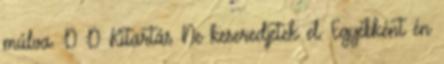
múlva. :D :D Kitartás Ne keseredjetek el. Egyébként én